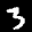
Label: 3